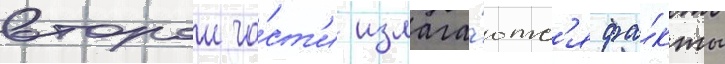
второи ча́ст'и излага́ютс'я фа́кты